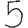
Digit: 5